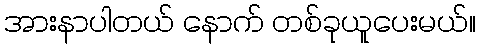
အားနာပါတယ် နောက် တစ်ခုယူပေးမယ်။